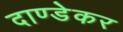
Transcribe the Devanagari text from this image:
दाण्डेकर